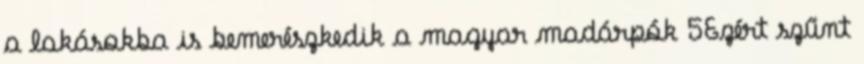
a lakásokba is bemerészkedik a magyar madárpók 5Ezért szűnt